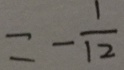
= - \frac { 1 } { 1 2 }